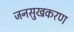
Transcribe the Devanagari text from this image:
जनसुखकरण